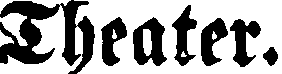
Theater.